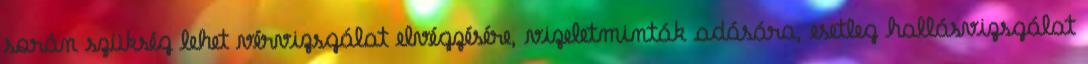
során szükség lehet vérvizsgálat elvégzésére, vizeletminták adására, esetleg hallásvizsgálat